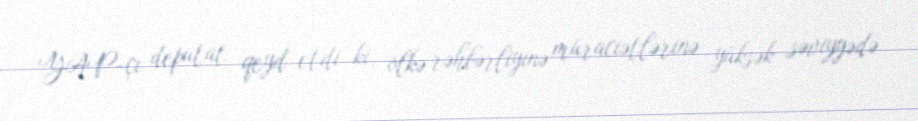
YAP-çı deputat qeyd etdi ki, ölkə rəhbərliyinə müraciətlərinə yüksək səviyyədə